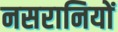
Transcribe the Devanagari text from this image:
नसरानियों